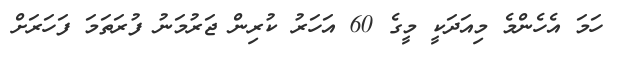
ހަމަ އެހެންމެ މިއަދަކީ މީގެ 60 އަހަރު ކުރިން ޖަރުމަނު ފުރަތަމަ ފަހަރަށް